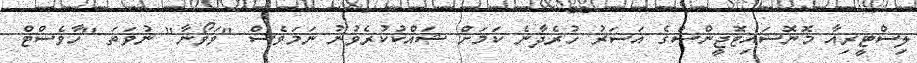
ލިސްޓީރިއާ މޮނޮސައިޓޮޖީންސްގެ އަސަރު ހުރެދާނެ ކަމަށް ޝައްކުކުރެވުނު ނަމަވެސް "ވަވޯނާ" ނުވަތަ "ހާވެސްޓް